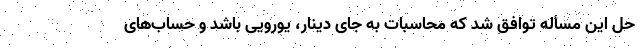
حل این مسأله توافق شد که محاسبات به جای دینار، یورویی باشد و حساب‌های